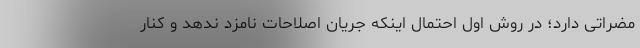
مضراتی دارد؛ در روش اول احتمال اینکه جریان اصلاحات نامزد ندهد و کنار